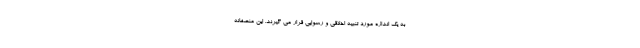
به یک اندازه مورد تنبیه اخلاقی و رسوایی قرار می گیرند. این منصفانه